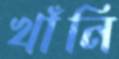
খাঁনি